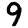
Digit: 9